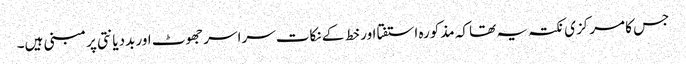
جس کا مرکزی نکتہ یہ تھا کہ مذکورہ استفتا اور خط کے نکات سراسر جھوٹ اور بددیانتی پر مبنی ہیں۔